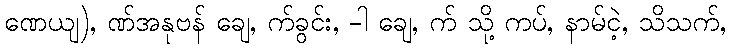
ဏေယျ), ဏ်အနုဗန် ချေ, က်ခွင်း, -ါ ချေ, က် သို့ ကပ်, နာမ်ငဲ့, သိသက်,